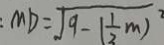
: M D = \sqrt { 9 - ( \frac { 1 } { 3 } m ) ^ { 2 } }